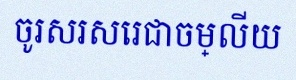
ចូរសរសេរជាចម្លើយ